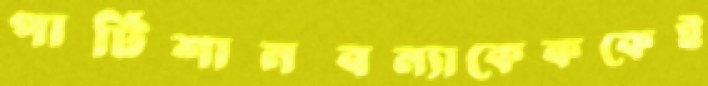
পার্টিশানবন্যাকেককেই